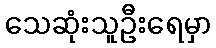
သေဆုံးသူဦးရေမှာ